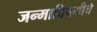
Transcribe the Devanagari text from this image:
जन्माविषयीचे